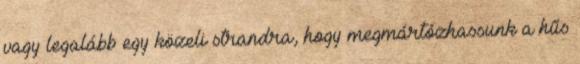
vagy legalább egy közeli strandra, hogy megmártózhassunk a hűs